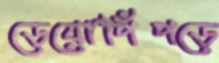
ডেয়োপিঁপড়ে